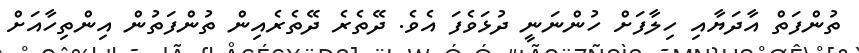
ތުންފަތް އާދަޔާއި ހިލާފަށް ހުންނަނީ ދުޅަވެފަ އެވެ. ދޭތެރެ ދޭތެރެއިން ތުންފަތުން އިންތިހާއަށް